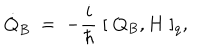
\dot { Q } _ { B } \; = \; - \frac { i } { \hbar } \; [ \; Q _ { B } , H \; ] _ { q } ,